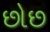
છોછ